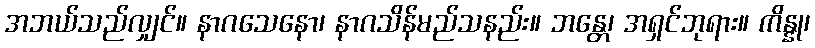
အဘယ်သည်လျှင်။ နာဂသေနော၊ နာဂသိန်မည်သနည်း။ ဘန္တေ၊ အရှင်ဘုရား။ ကိန္နု၊